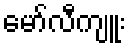
မော်လီကျူး